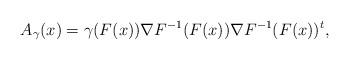
LaTeX: \begin{align*}A_\gamma(x)=\gamma(F(x))\nabla F^{-1}(F(x))\nabla F^{-1}(F(x))^{t},\end{align*}